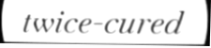
twice-cured